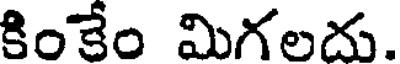
కింకేం మిగలదు.